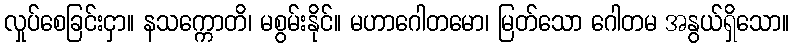
လှုပ်စေခြင်းငှာ။ နသက္ကောတိ၊ မစွမ်းနိုင်။ မဟာဂေါတမော၊ မြတ်သော ဂေါတမ အနွယ်ရှိသော။